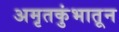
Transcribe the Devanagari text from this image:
अमृतकुंभातून